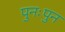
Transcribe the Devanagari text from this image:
पुनःपुन